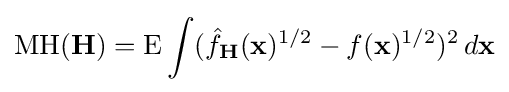
\operatorname {MH} (\mathbf {H} )=\operatorname {E} \int ({\hat {f}}_{\mathbf {H} }(\mathbf {x} )^{1/2}-f(\mathbf {x} )^{1/2})^{2}\,d\mathbf {x}